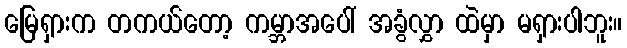
မြေရှားက တကယ်တော့ ကမ္ဘာအပေါ် အခွံလွှာ ထဲမှာ မရှားပါဘူး။